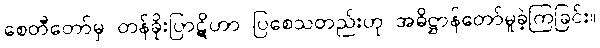
စေတီတော်မှ တန်ခိုးပြာဋိဟာ ပြစေသတည်းဟု အဓိဋ္ဌာန်တော်မူခဲ့ကြခြင်း။